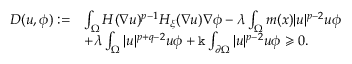
\begin{array} { r l } { D ( u , \phi ) : = } & { \int _ { \Omega } H ( \nabla u ) ^ { p - 1 } H _ { \xi } ( \nabla u ) \nabla \phi - \lambda \int _ { \Omega } m ( x ) | u | ^ { p - 2 } u \phi } \\ & { + \lambda \int _ { \Omega } | u | ^ { p + q - 2 } u \phi + \mathtt k \int _ { \partial \Omega } | u | ^ { p - 2 } u \phi \geqslant 0 . } \end{array}